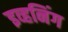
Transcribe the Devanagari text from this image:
इव्हनिंग